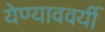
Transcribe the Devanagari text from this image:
येण्याववर्यी